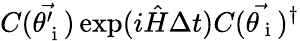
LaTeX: C(\vec{\theta_{\mathrm{~i~}}^{\prime}})\exp(i\hat{H}\Delta t)C(\vec{\theta_{\mathrm{~i~}}})^{\dagger}